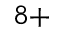
^ { 8 + }